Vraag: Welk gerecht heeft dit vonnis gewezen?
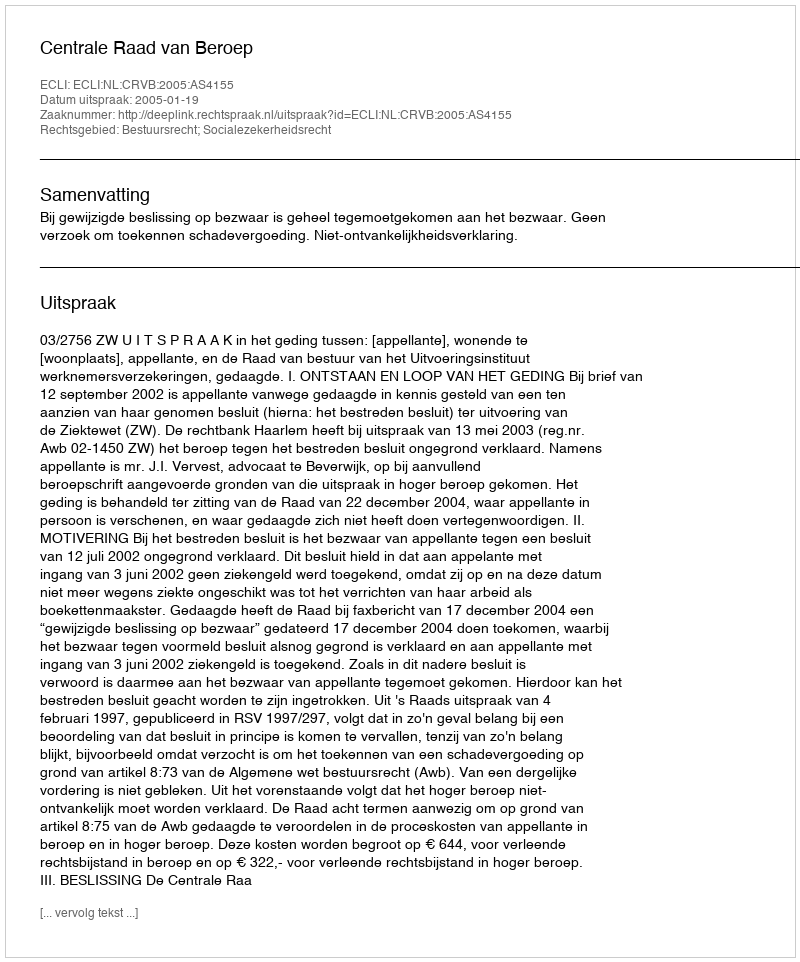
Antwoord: Centrale Raad van Beroep